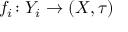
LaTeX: f _ { i } \colon Y _ { i } \to ( X , \tau )